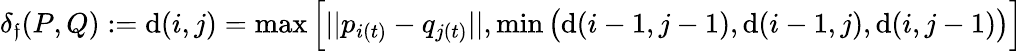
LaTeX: \delta_{\mathfrak{f}}(P,Q):=\mathrm{d}(i,j)=\operatorname*{max}\Big[||p_{i(t)}-q_{j(t)}||,\operatorname*{min}\big(\mathrm{d}(i-1,j-1),\mathrm{d}(i-1,j),\mathrm{d}(i,j-1)\big)\Big]